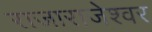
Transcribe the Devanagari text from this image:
राजाराजेश्‍वर